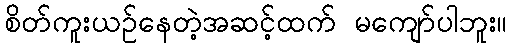
စိတ်ကူးယဉ်နေတဲ့အဆင့်ထက် မကျော်ပါဘူး။